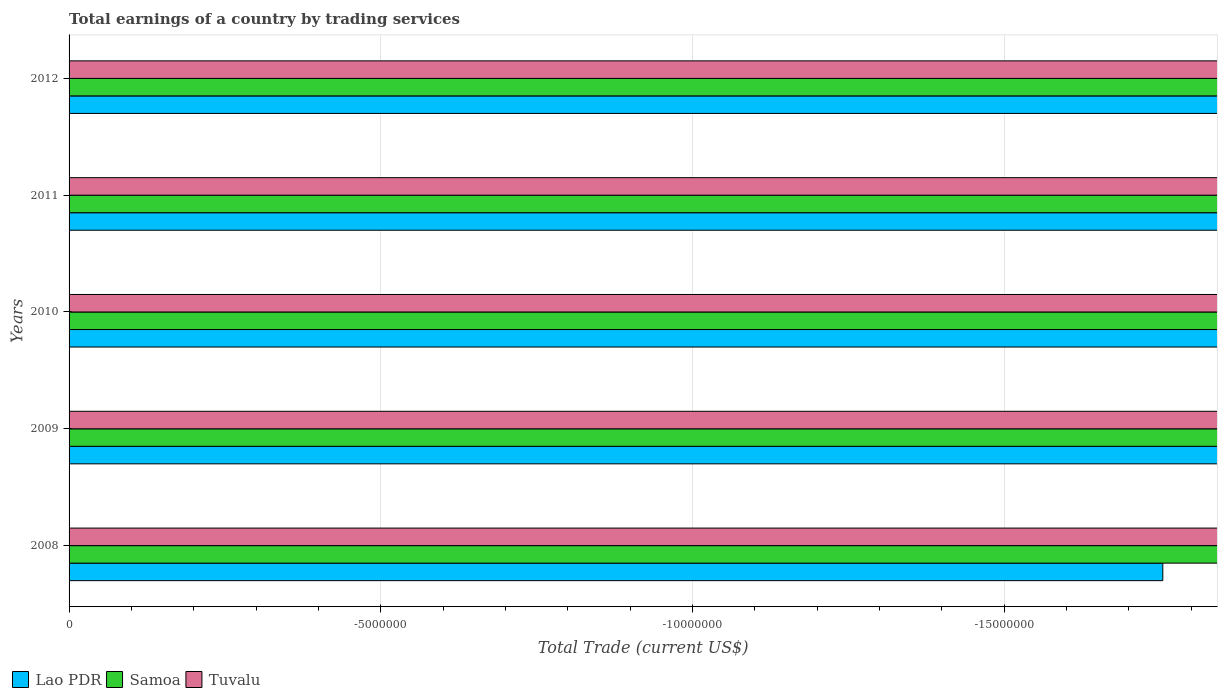
| Years | Lao PDR | Samoa | Tuvalu |
 | --- | --- | --- | --- |
 | 2008 | -1.75e+07 | -1.42e+08 | -3.54e+07 |
 | 2009 | -1.47e+08 | -1.14e+08 | -4.52e+07 |
 | 2010 | -6.61e+07 | -1.58e+08 | -3.82e+07 |
 | 2011 | -3.5e+08 | -1.85e+08 | -5.03e+07 |
 | 2012 | -5.46e+08 | -1.67e+08 | -2.46e+07 |